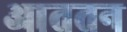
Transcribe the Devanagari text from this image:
आततन